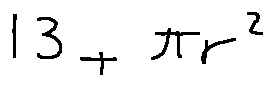
1 3 + \pi r ^ { 2 }